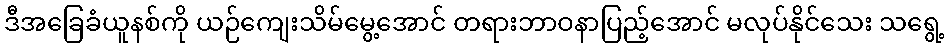
ဒီအခြေခံယူနစ်ကို ယဉ်ကျေးသိမ်မွေ့အောင် တရားဘာဝနာပြည့်အောင် မလုပ်နိုင်သေး သရွေ့